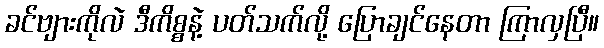
ခင်ဗျားကိုလဲ ဒီကိစ္စနဲ့ ပတ်သက်လို့ ပြောချင်နေတာ ကြာလှပြီ။